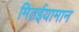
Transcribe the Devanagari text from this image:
मिठईयामान